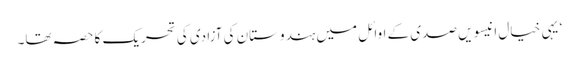
‘ یہی خیال انیسویں صدی کے اوائل میں ہندوستان کی آزادی کی تحریک کا حصہ تھا۔